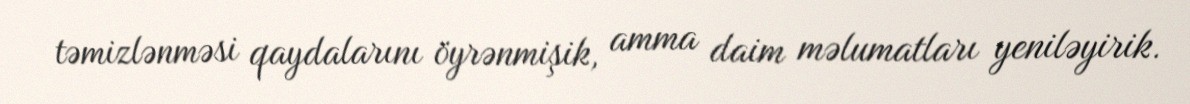
təmizlənməsi qaydalarını öyrənmişik, amma daim məlumatları yeniləyirik.